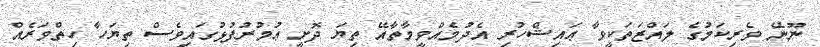
ނޫނޭ ވެރިކަމުގެ ލައްޒަތަކީވާ ޢައިޝްހުރި އެދުމެއްވީމާތާއޭ ތިޔަ ދޮށީ ޢުމުރުފުޅުގައިވެސް ތިޔަހާ ހިތްވަރެއް